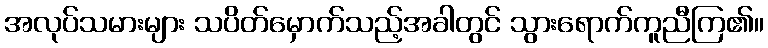
အလုပ်သမားများ သပိတ်မှောက်သည့်အခါတွင် သွားရောက်ကူညီကြ၏။